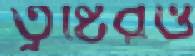
তুষ্টিরও